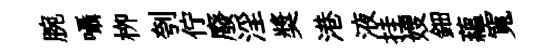
腕囁栁刳佇廢淫奬港液挂嫂鈿藴寬